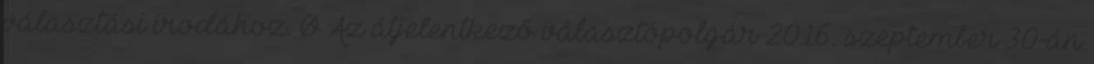
választási irodához. Ø Az átjelentkező választópolgár 2016. szeptember 30-án